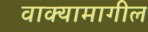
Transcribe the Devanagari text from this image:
वाक्यामागील